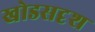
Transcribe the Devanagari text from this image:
खोडसदृश